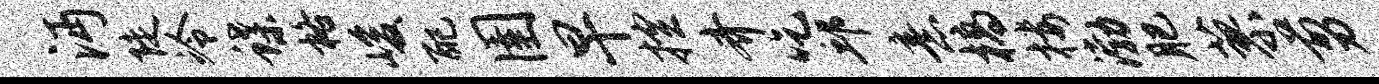
沔陡冷蝶格峻配圉早控齐吃邱意槁楼渤肥蓼剪